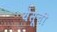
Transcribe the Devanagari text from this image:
येसूची